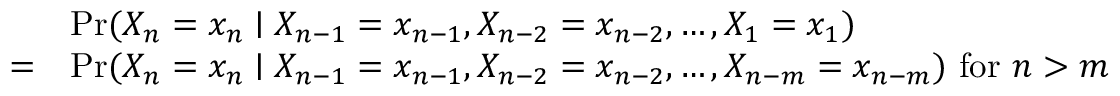
{ \begin{array} { r l } & { \operatorname* { P r } ( X _ { n } = x _ { n } \mid X _ { n - 1 } = x _ { n - 1 } , X _ { n - 2 } = x _ { n - 2 } , \dots , X _ { 1 } = x _ { 1 } ) } \\ { = } & { \operatorname* { P r } ( X _ { n } = x _ { n } \mid X _ { n - 1 } = x _ { n - 1 } , X _ { n - 2 } = x _ { n - 2 } , \dots , X _ { n - m } = x _ { n - m } ) { \mathrm { ~ f o r ~ } } n > m } \end{array} }